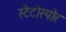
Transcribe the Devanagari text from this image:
स्टैटोस्पोर